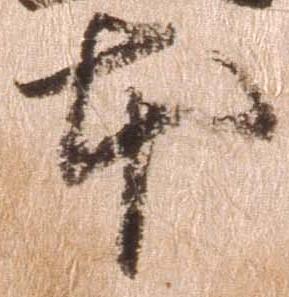
本